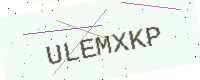
Text: ULEMXKP